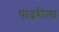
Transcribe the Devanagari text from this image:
पांढरीला